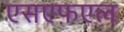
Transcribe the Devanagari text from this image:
एसएफ़एल